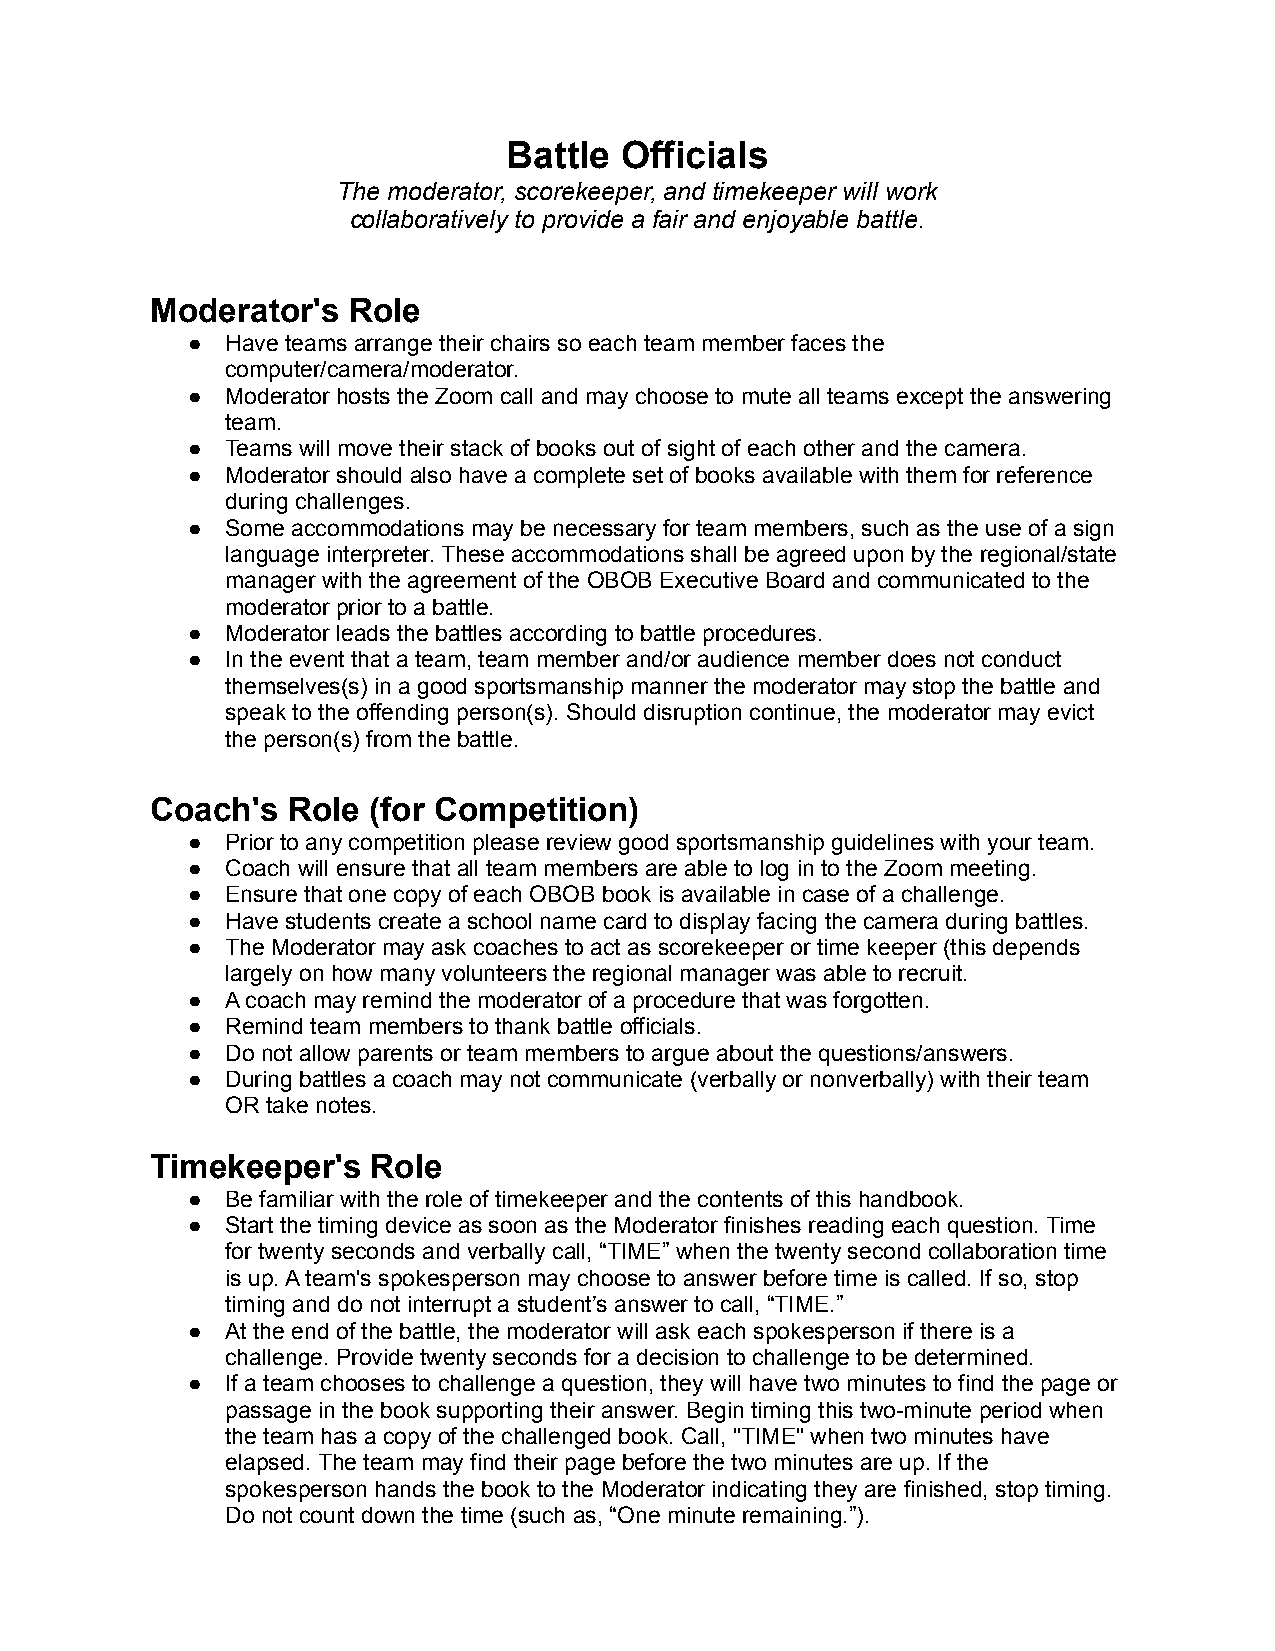
Battle Officials
 The moderator, scorekeeper, and timekeeper will work
 collaboratively to provide a fair and enjoyable battle.
 Moderator's  Role
 ●  Have teams arrange their chairs so each team member faces the
 computer/camera/moderator.
 ●  Moderator hosts the Zoom call and may choose to mute all teams except the answering
 team.
 ●  Teams will move their stack of books out of sight of each other and the camera.
 ●  Moderator should also have a complete set of books available with them for reference
 during challenges.
 ●  Some accommodations may be necessary for team members, such as the use of a sign
 language interpreter. These accommodations shall be agreed upon by the regional/state
 manager with the agreement of the OBOB Executive Board and communicated to the
 moderator prior to a battle.
 ●  Moderator leads the battles according to battle procedures.
 ●  In the event that a team, team member and/or audience member does not conduct
 themselves(s) in a good sportsmanship manner the moderator may stop the battle and
 speak to the offending person(s). Should disruption continue, the moderator may evict
 the person(s) from the battle.
 Coach's  Role (for Competition)
 ●  Prior to any competition please review good sportsmanship guidelines with your team.
 ●  Coach will ensure that all team members are able to log in to the Zoom meeting.
 ●  Ensure that one copy of each OBOB book is available in case of a challenge.
 ●  Have students create a school name card to display facing the camera during battles.
 ●  The Moderator may ask coaches to act as scorekeeper or time keeper (this depends
 largely on how many volunteers the regional manager was able to recruit.
 ●  A coach may remind the moderator of a procedure that was forgotten.
 ●  Remind team members to thank battle officials.
 ●  Do not allow parents or team members to argue about the questions/answers.
 ●  During battles a coach may not communicate (verbally or nonverbally) with their team
 OR take notes.
 Timekeeper's   Role
 ●  Be familiar with the role of timekeeper and the contents of this handbook.
 ●  Start the timing device as soon as the Moderator finishes reading each question. Time
 for twenty seconds and verbally call, “TIME” when the twenty second collaboration time
 is up. A team's spokesperson may choose to answer before time is called. If so, stop
 timing and do not interrupt a student’s answer to call, “TIME.”
 ●  At the end of the battle, the moderator will ask each spokesperson if there is a
 challenge. Provide twenty seconds for a decision to challenge to be determined.
 ●  If a team chooses to challenge a question, they will have two minutes to find the page or
 passage in the book supporting their answer. Begin timing this two-minute period when
 the team has a copy of the challenged book. Call, "TIME" when two minutes have
 elapsed. The team may find their page before the two minutes are up. If the
 spokesperson hands the book to the Moderator indicating they are finished, stop timing.
 Do not count down the time (such as, “One minute remaining.”).